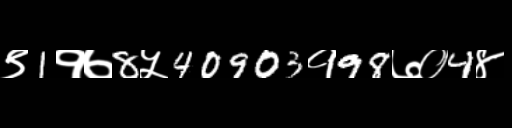
Text: ९1१७8५40903१98७०4४